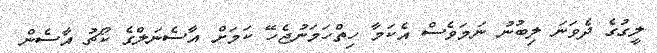
ލީގުގެ ދެވަނަ ލިބުނު ނަމަވެސް އެކަމާ ހިތްހަމަނުޖެހޭ ކަމަށް އާސެނަލްގެ ކޯޗު އާސެން